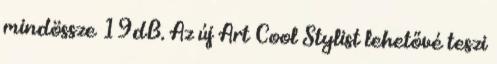
mindössze 19dB. Az új Art Cool Stylist lehetővé teszi